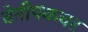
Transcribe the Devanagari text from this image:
वेनीपंकचर